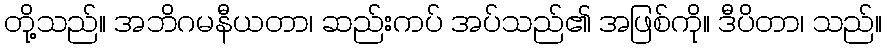
တို့သည်။ အဘိဂမနီယတာ၊ ဆည်းကပ် အပ်သည်၏ အဖြစ်ကို။ ဒီပိတာ၊ သည်။